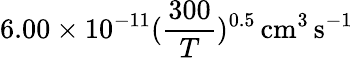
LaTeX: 6.00\times 10^{-11}(\frac{300}{T})^{0.5}\, \mathrm{cm^{3}\, s^{-1}}